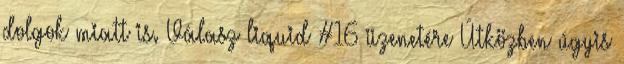
dolgok miatt is. Válasz liquid #16 üzenetére Útközben úgyis